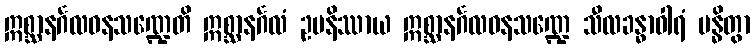
ဣစ္ဆာနင်္ဂလဝနသဏ္ဍေတိ ဣစ္ဆာနင်္ဂလံ ဥပနိဿာယ ဣစ္ဆာနင်္ဂလဝနသဏ္ဍေ သီလခန္ဓာဝါရံ ဗန္ဓိတွာ